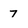
Character: 7